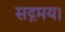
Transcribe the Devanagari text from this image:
सद्गमय।